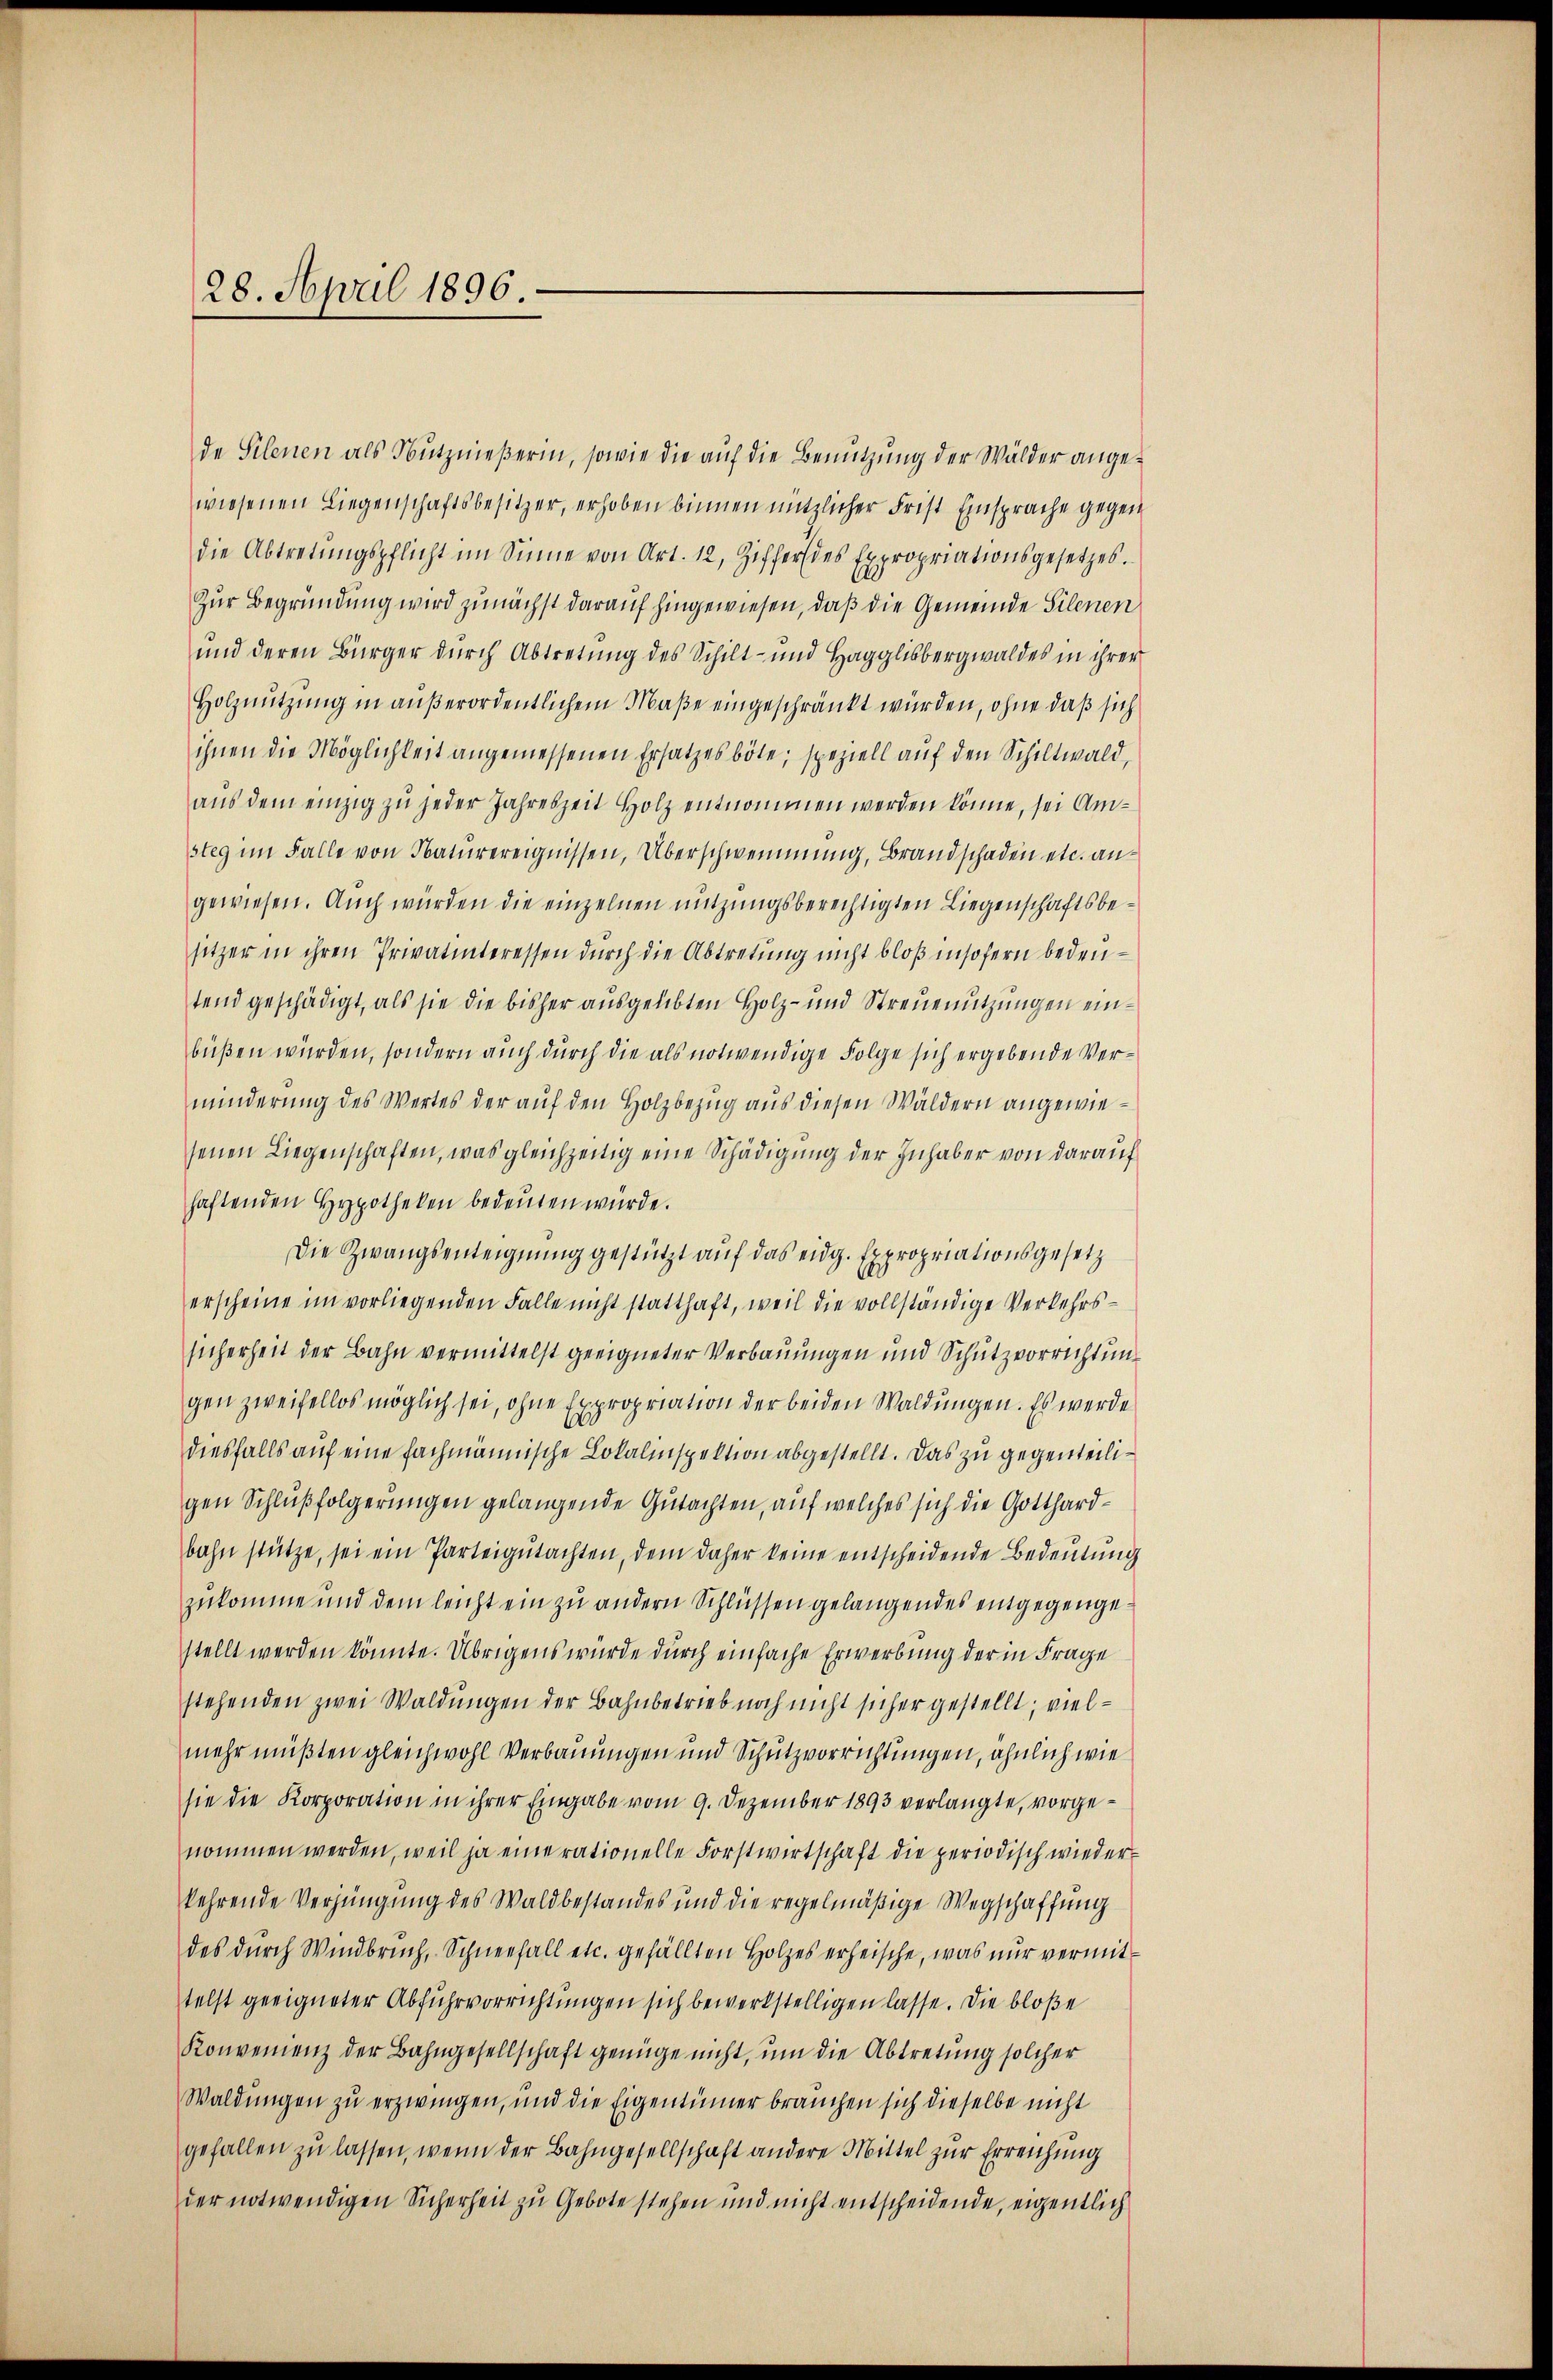
28. April 1896.

de Silenen als Nutznießerin, sowie die auf die Benutzung der Wälder angewiesenen Liegenschaftsbesitzer, erhoben binnen nützlicher Frist Einsprache gegen
die Abtretŭngspflicht im Sinne von Art. 12, Ziffers des Expropriationsgesetzes.
Zur Begründung wird zunächst darauf hingewiesen, daß die Gemeinde Silenen
und deren Bürger durch Abtretung des Schilt- und Hagglisbergwaldes in ihrer
Holznutzung in außerordentlichem Maße eingeschränkt würden, ohne daß sich
ihnen die Möglichkeit angemessenen Ersatzesböte; speziell auf den Schiltwald,
aŭs dem einzig zu jeder Jahreszeit Holz entnommen werden könne, sei Amsteg im Falle von Naturereignissen, Überschwemmung, Brandschaden etc. angewiesen. Auch würden die einzelnen nutzungsberechtigten Liegenschaftsbesitzer in ihren Privatinteressen durch die Abtretung nicht bloß insofern bedeutend geschädigt, als sie die bisher ausgelebten Holz- und Streuenützungen einbüßen würden, sondern auch durch die als notwendige Folge sich ergebende Verminderŭng des Wertes der aŭf den Holzbezug aus diesen Wäldern angewiesenen Liegenschaften, was gleichzeitig eine Schädigung der Inhaber von darauf
haftenden Hypotheken bedeŭten würde.
Die Zwangsenteignung gestützt auf das eidg. Expropriationsgesetz
erscheine im vorliegenden Falle nicht statthaft, weil die vollständige Verkehrssicherheit der Bahn vermittelst geeigneter Verbauungen und Schutzvorrichtung
gen zweifellos möglich sei, ohne Expropriation der beiden Waldungen. Es werde
diesfalls auf eine fachmännische Lokalinspektion abgestellt. Das zu gegenteiligen Schlußfolgerungen gelangende Gutachten, auf welches sich die Gotthardbahn stütze, sei ein Parteigŭtachten, dem daher keine entscheidende Bedeŭtŭng
zukomme und dem leicht ein zu andern Schlüssen gelangendes entgegengestellt werden könnte. Übrigens würde durch einfache Erwerbung der in Frage
stehenden zwei Waldungen der Bahnbetrieb noch nicht sicher gestellt; vielmehr müßten gleichwohl Verbauungen und Schutzvorrichtungen, ähnlich wie
sie die Korporation in ihrer Eingabe vom 9. Dezember 1893 verlangte, vorgenommen werden, weil ja eine rationelle Forstwirtschaft die periodisch wiederkehrende Verjüngung des Waldbestandes und die regelmäßige Wegschaffung
des durch Windbruch, Schneefall etc. gefällten Holzes erheische, was nur vermittelst geeigneter Abfuhrvorrichtungen sich bewerkstelligen lasse. Die bloße
Konvenienz der Bahngesellschaft genüge nicht, um die Abtretung solcher
Waldungen zu erzwingen, und die Eigentümer brauchen sich dieselbe nicht
gefallen zu lassen, wenn der Bahngesellschaft andere Mittel zur Erreichung
der notwendigen Sicherheit zu Gebote stehen und nicht entscheidende, eigentlich